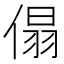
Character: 傝